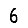
Digit: 6